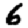
Digit: 6